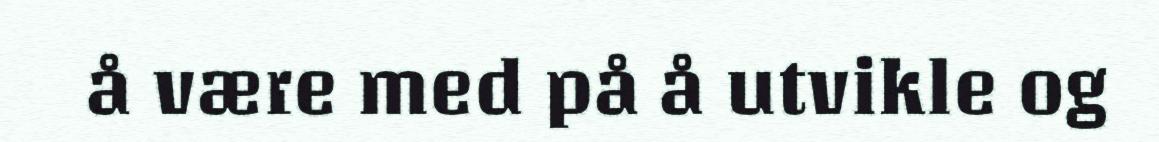
å være med på å utvikle og